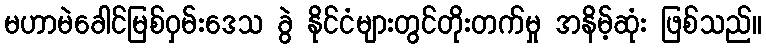
မဟာမဲခေါင်မြစ်ဝှမ်းဒေသ ခွဲ နိုင်ငံများတွင်တိုးတက်မှု အနိမ့်ဆုံး ဖြစ်သည်။